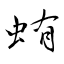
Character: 蛕